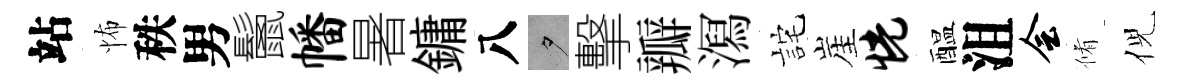
站怖秩男鬛幡暑鏞八夕擊瓣㵼詫崖恍醖沮会脩倪